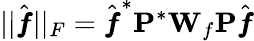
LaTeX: ||\hat{\pmb f}||_{F}=\hat{\pmb f}^{*}\mathbf{P}^{*}\mathbf{W}_{f}\mathbf{P}\hat{\pmb f}